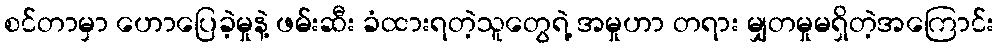
စင်တာမှာ ဟောပြေခဲ့မှုနဲ့ ဖမ်းဆီး ခံထားရတဲ့သူတွေရဲ့ အမှုဟာ တရား မျှတမှုမရှိတဲ့အကြောင်း